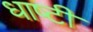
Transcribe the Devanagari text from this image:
धाष्टी